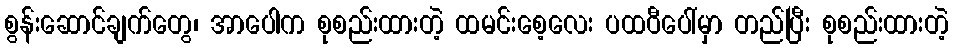
စွန်းဆောင်ချက်တွေ၊ အာပေါက စုစည်းထားတဲ့ ထမင်းစေ့လေး ပထဝီပေါ်မှာ တည်ပြီး စုစည်းထားတဲ့